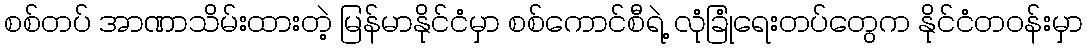
စစ်တပ် အာဏာသိမ်းထားတဲ့ မြန်မာနိုင်ငံမှာ စစ်ကောင်စီရဲ့ လုံခြုံရေးတပ်တွေက နိုင်ငံတဝန်းမှာ